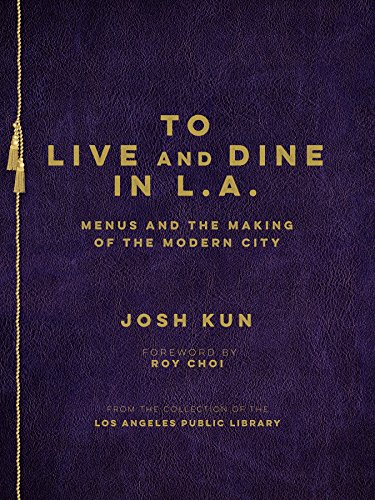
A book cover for To Live and Dine in L.A.: Menus and the Making of the Modern City; Josh Kun; Cookbooks, Food & Wine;